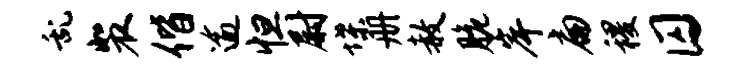
乱裴偕逾怛尉堞册赦脆岸扁稷囚